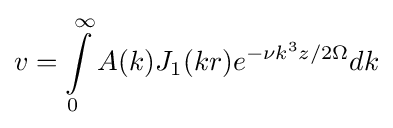
v=\int \limits _{0}^{\infty }A(k)J_{1}(kr)e^{-\nu k^{3}z/2\Omega }dk